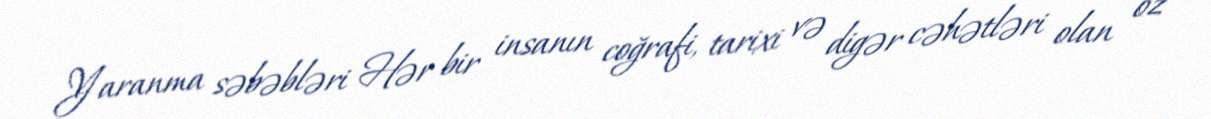
Yaranma səbəbləri Hər bir insanın coğrafi, tarixi və digər cəhətləri olan öz